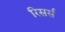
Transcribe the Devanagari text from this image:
रिसर्स